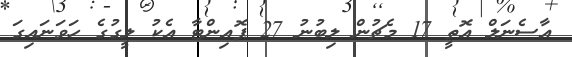
އާސެނަލް އޮތީ 17 މެޗުން ލިބުނު 27 ޕޮއިންޓާ އެކު ލީގުގެ ހަވަނައިގަ